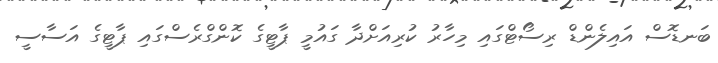
ބަނޑޮސް އައިލެންޑް ރިސޯޓްގައި މިހާރު ކުރިއަށްދާ ގައުމީ ޕާޓީގެ ކޮންގްރެސްގައި ޕާޓީގެ އަސާސީ